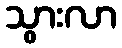
သွားလာ